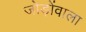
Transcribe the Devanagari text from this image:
जोड़ोंवाला